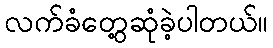
လက်ခံတွေ့ဆုံခဲ့ပါတယ်။